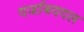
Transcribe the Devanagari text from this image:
दर्जाबददल